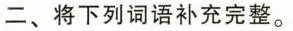
二、将下列词语补充完整。